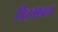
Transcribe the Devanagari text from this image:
पित्तभावना